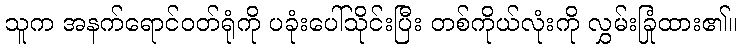
သူက အနက်ရောင်ဝတ်ရုံကို ပခုံးပေါ်သိုင်းပြီး တစ်ကိုယ်လုံးကို လွှမ်းခြုံထား၏။